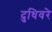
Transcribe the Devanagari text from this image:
दुधिवरे